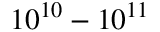
1 0 ^ { 1 0 } - 1 0 ^ { 1 1 }